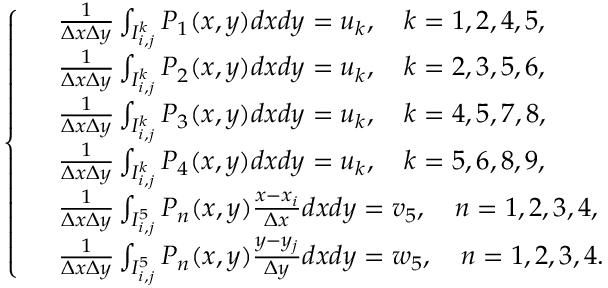
\begin{array} { r } { \left\{ \begin{array} { r l } & { \frac { 1 } { \Delta x \Delta y } \int _ { I _ { i , j } ^ { k } } P _ { 1 } ( x , y ) d x d y = u _ { k } , \quad k = 1 , 2 , 4 , 5 , } \\ & { \frac { 1 } { \Delta x \Delta y } \int _ { I _ { i , j } ^ { k } } P _ { 2 } ( x , y ) d x d y = u _ { k } , \quad k = 2 , 3 , 5 , 6 , } \\ & { \frac { 1 } { \Delta x \Delta y } \int _ { I _ { i , j } ^ { k } } P _ { 3 } ( x , y ) d x d y = u _ { k } , \quad k = 4 , 5 , 7 , 8 , } \\ & { \frac { 1 } { \Delta x \Delta y } \int _ { I _ { i , j } ^ { k } } P _ { 4 } ( x , y ) d x d y = u _ { k } , \quad k = 5 , 6 , 8 , 9 , } \\ & { \frac { 1 } { \Delta x \Delta y } \int _ { I _ { i , j } ^ { 5 } } P _ { n } ( x , y ) \frac { x - x _ { i } } { \Delta x } d x d y = v _ { 5 } , \quad n = 1 , 2 , 3 , 4 , } \\ & { \frac { 1 } { \Delta x \Delta y } \int _ { I _ { i , j } ^ { 5 } } P _ { n } ( x , y ) \frac { y - y _ { j } } { \Delta y } d x d y = w _ { 5 } , \quad n = 1 , 2 , 3 , 4 . } \end{array} \right. } \end{array}